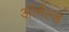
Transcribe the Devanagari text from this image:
ऑर्नल्ड